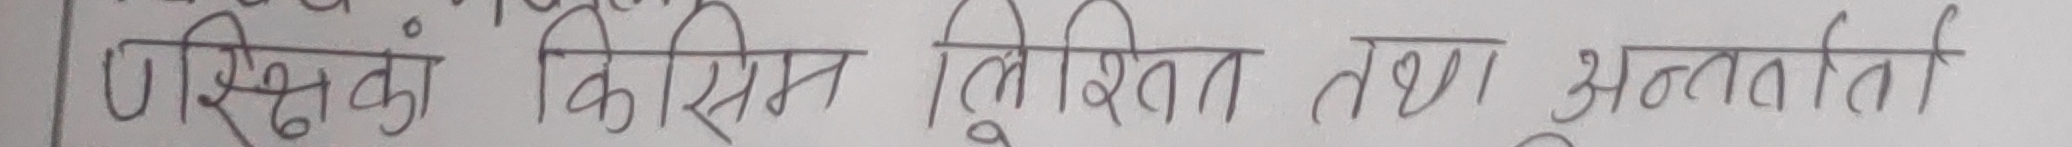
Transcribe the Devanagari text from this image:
शिक्षकं किसिम लिखित तथा अन्तर्वर्ती